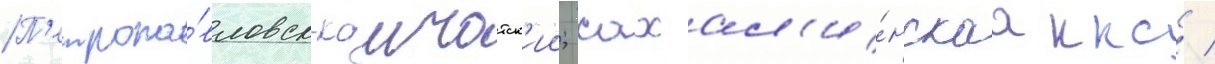
П'етропа́вловск-камчатск'ии; сахал'и́нскаа ккс /